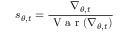
s _ { \theta , t } = \frac { \nabla _ { \theta , t } } { \mathrm { ~ V ~ a ~ r ~ } ( \nabla _ { \theta , t } ) }